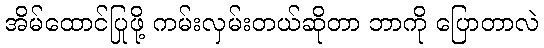
အိမ်ထောင်ပြုဖို့ ကမ်းလှမ်းတယ်ဆိုတာ ဘာကို ပြောတာလဲ